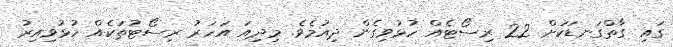
ގައި ގާތްގަނޑަކަށް 22 ރިސޯޓެއް ހުޅުވިގެން ދިއުމެވެ. މިދިއަ އަހަރު ރިސޯޓުތަކެއް ހުޅުވިއިރު